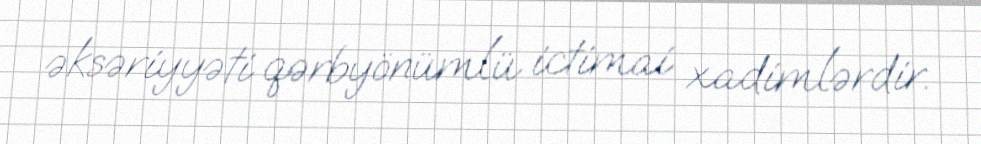
əksəriyyəti qərbyönümlü ictimai xadimlərdir.